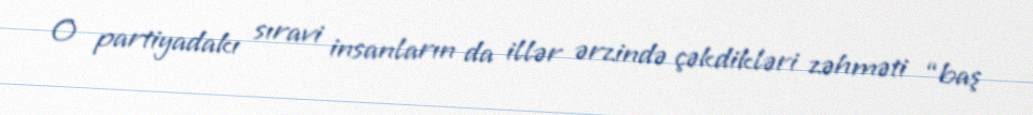
O partiyadakı sıravi insanların da illər ərzində çəkdikləri zəhməti “baş